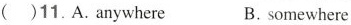
( )11. A. anywhere B. somewhere